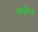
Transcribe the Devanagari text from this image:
गृहभूमिओं